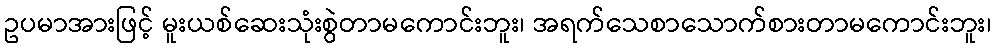
ဥပမာအားဖြင့် မူးယစ်ဆေးသုံးစွဲတာမကောင်းဘူး၊ အရက်သေစာသောက်စားတာမကောင်းဘူး၊